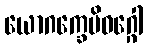
ယောဂက္ခေမိဝဂ္ဂေါ